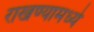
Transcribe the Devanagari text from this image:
राखण्यामध्ये